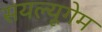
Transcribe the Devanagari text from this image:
सयल्यूगेम